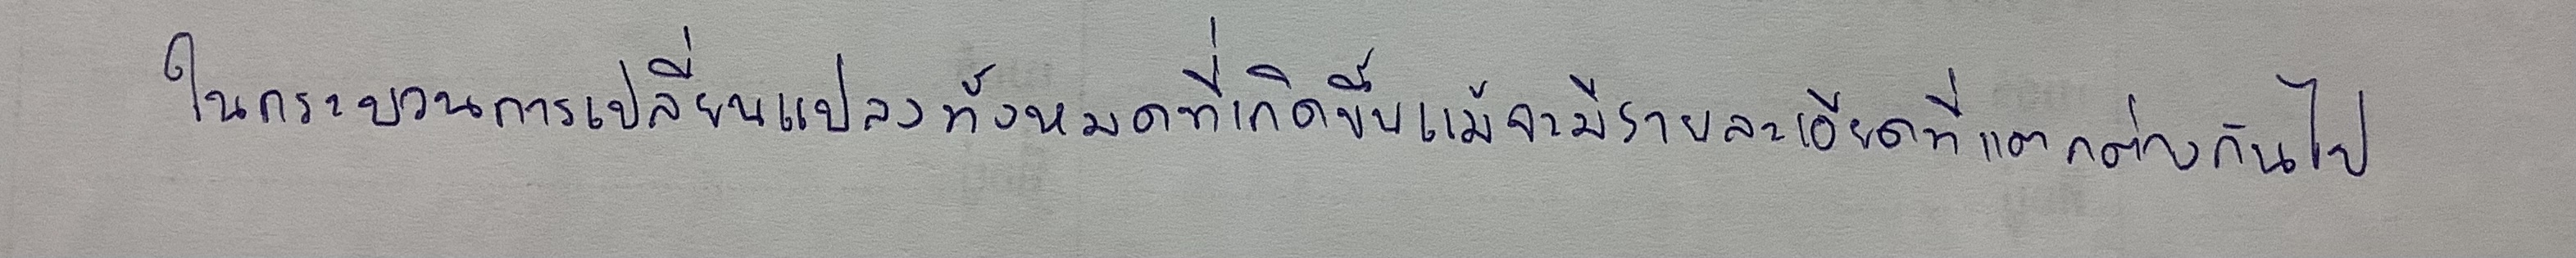
ในกระบวนการเปลี่ยนแปลงทั้งหมดที่เกิดขึ้นแม้จะมีรายละเอียดที่แตกต่างกันไป